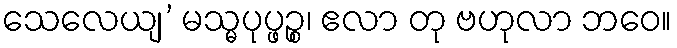
သေလေယျ’ မသ္မပုပ္ဖဉ္စ၊ ဧလာ တု ဗဟုလာ ဘဝေ။